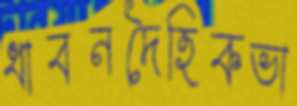
ধাবনদৈহিকভা